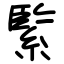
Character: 𦂳